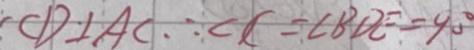
C D \bot A C \therefore \angle C = \angle B D E = 9 0 ^ { \circ }